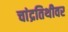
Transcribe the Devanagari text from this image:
चांद्रतिथीवर